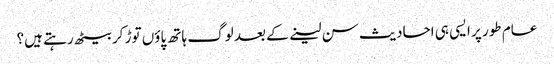
عام طور پر ایسی ہی احادیث سن لینے کے بعد لوگ ہاتھ پاؤں توڑ کر بیٹھ رہتے ہیں؟